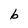
Character: b